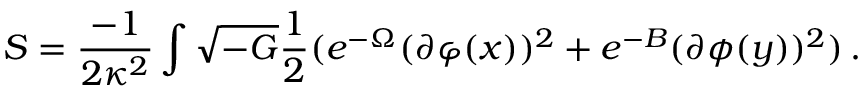
S = \frac { - 1 } { 2 \kappa ^ { 2 } } \int \sqrt { - G } \frac { 1 } { 2 } ( e ^ { - \Omega } ( \partial \varphi ( x ) ) ^ { 2 } + e ^ { - B } ( \partial \phi ( y ) ) ^ { 2 } ) \, .